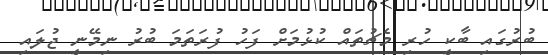
ބުރުގައި ބާކީ ހުރި މެޗުތައް ކުޅުމަށް ފަހު ފުރަތަމަ ބުރު ނިމޭނީ ޖުލައި